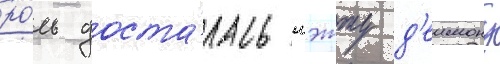
ро́ль доста́лась мэтту д'еимону